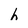
Character: h